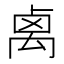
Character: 禼